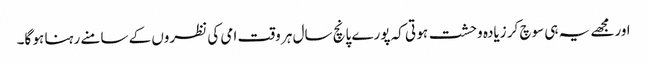
اورمجھے یہ ہی سوچ کر زیادہ وحشت ہو تی کہ پورے پانچ سال ہر وقت امی کی نظروں کے سامنے رہنا ہو گا۔